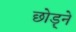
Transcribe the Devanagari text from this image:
छोड़्ने